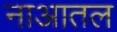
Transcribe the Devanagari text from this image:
नाआतल